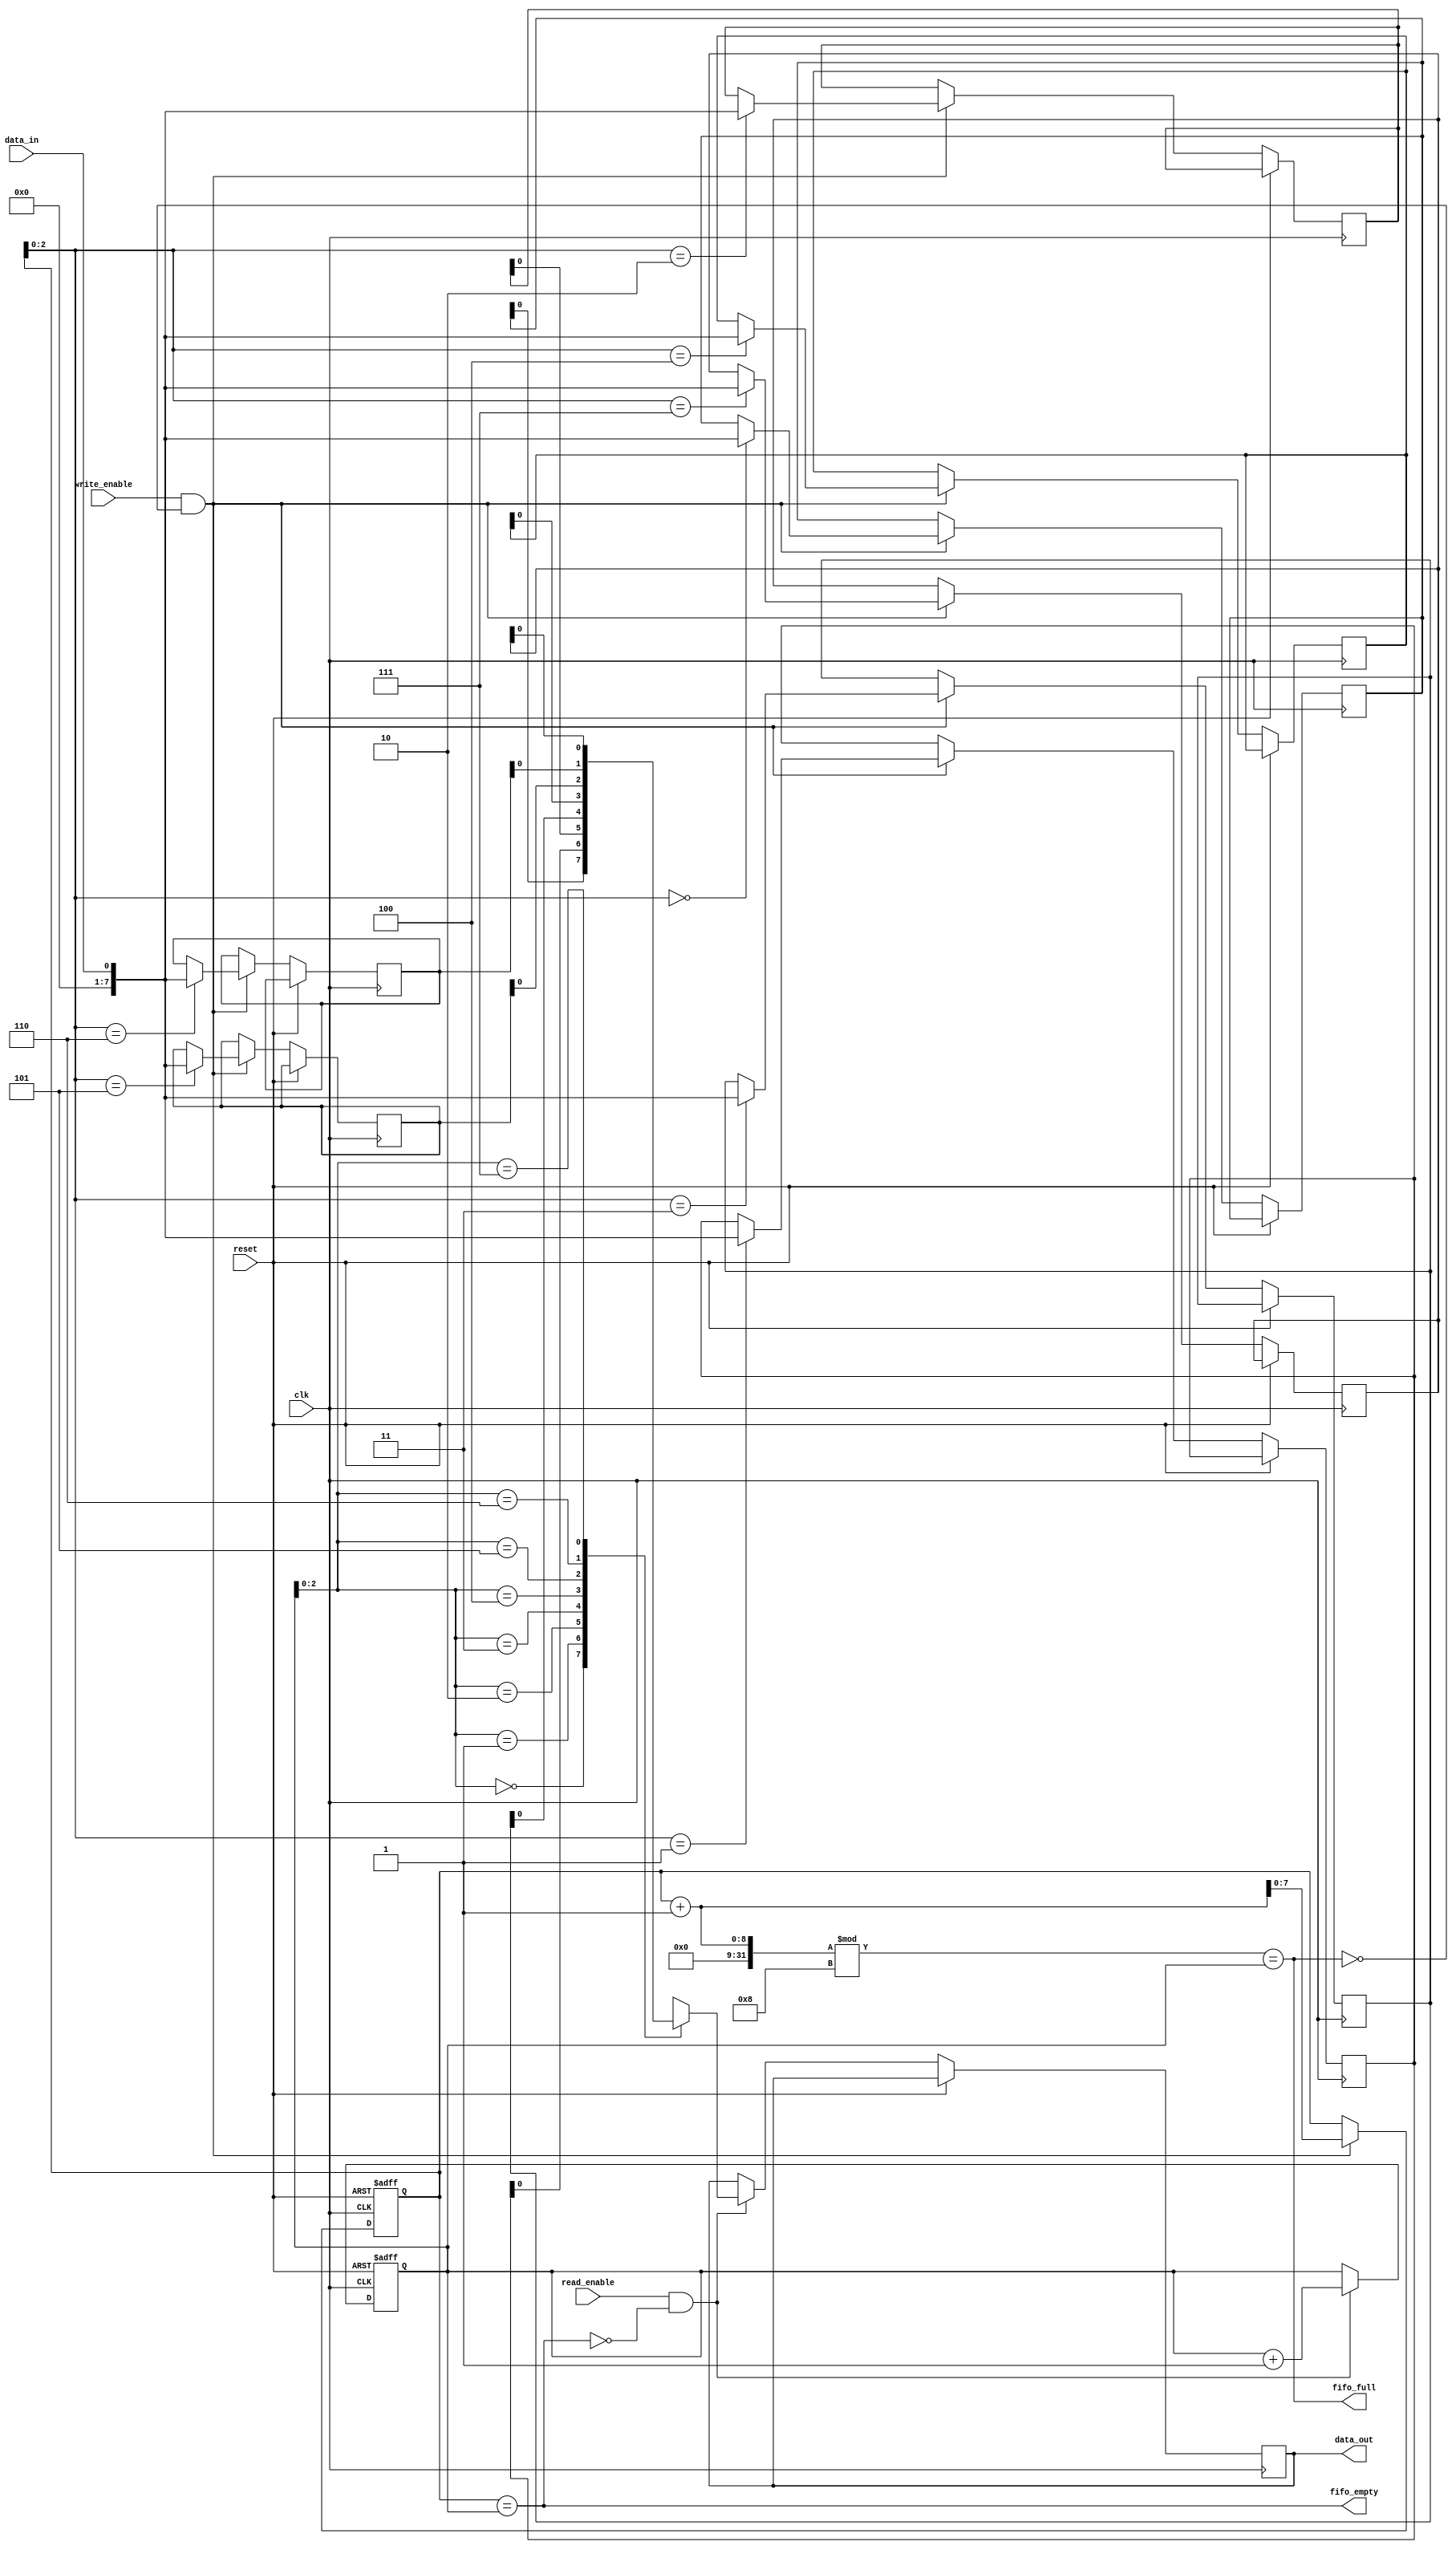
module bidirectional_fifo(
  input wire clk,
  input wire reset,
  input wire write_enable,
  input wire read_enable,
  input wire data_in,
  output wire data_out,
  output wire fifo_empty,
  output wire fifo_full
);

parameter FIFO_DEPTH = 8; // Depth of the FIFO buffer
parameter DATA_WIDTH = 8; // Width of the data in the FIFO buffer

reg [DATA_WIDTH-1:0] fifo [0:FIFO_DEPTH-1];
reg [FIFO_DEPTH-1:0] write_ptr;
reg [FIFO_DEPTH-1:0] read_ptr;

always @(posedge clk or posedge reset) begin
  if (reset) begin
    write_ptr <= 0;
    read_ptr <= 0;
  end else begin
    if (write_enable && !fifo_full) begin
      fifo[write_ptr] <= data_in;
      write_ptr <= write_ptr + 1;
    end
    if (read_enable && !fifo_empty) begin
      data_out <= fifo[read_ptr];
      read_ptr <= read_ptr + 1;
    end
  end
end

assign fifo_empty = (write_ptr == read_ptr);
assign fifo_full = ((write_ptr + 1) % FIFO_DEPTH) == read_ptr;

endmodule